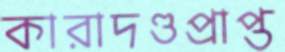
কারাদণ্ডপ্রাপ্ত